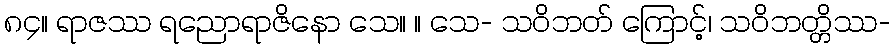
၈၄။ ရာဇဿ ရညောရာဇိနော သေ။ ။ သေ- သဝိဘတ် ကြောင့်၊ သဝိဘတ္တိဿ-